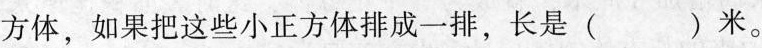
方体，如果把这些小正方体排成一排，长是（）米。